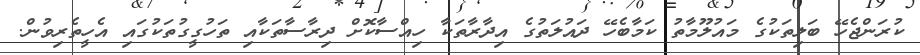
ކުރަންޖެހޭ ބަލިތަކުގެ މައުލޫމާތު ކަމާބެހޭ ދައުލަތުގެ އިދާރާތަކާ ހިއްސާކޮށް ދިރާސާތަކާއި ތަހުގީގުތަކުގައި އެހީތެރިވުން.